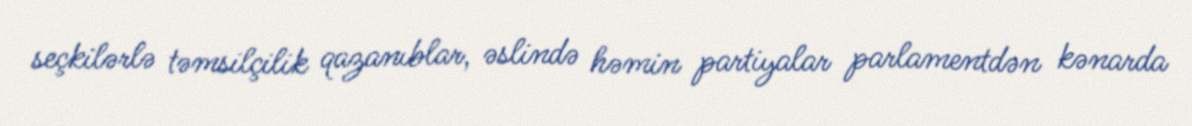
seçkilərlə təmsilçilik qazanıblar, əslində həmin partiyalar parlamentdən kənarda